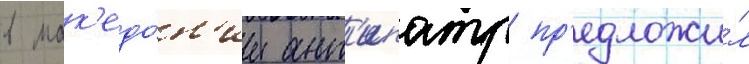
в мак'едо́н'ии ант'ипатр пр'едложи́л